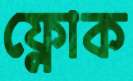
ফ্লোক